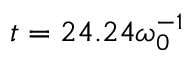
t = 2 4 . 2 4 \omega _ { 0 } ^ { - 1 }